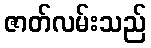
ဇာတ်လမ်းသည်